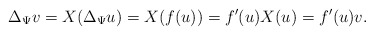
\begin{align*}\Delta_{\Psi} v = X(\Delta_{\Psi} u) = X(f(u)) = f'(u) X(u) = f'(u) v.\end{align*}